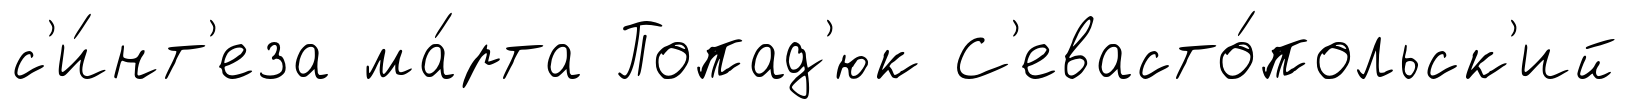
с'и́нт'еза ма́рта Попад'юк С'евасто́польск'ий